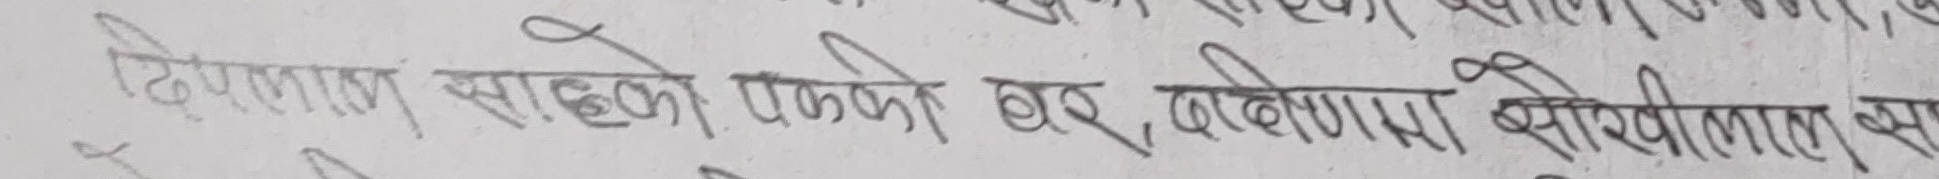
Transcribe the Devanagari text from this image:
दिपलाल साहको पक्की घर, बढीमा सोखिलाल साह